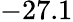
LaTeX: -27.1